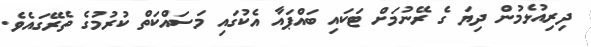
ދިރިއުޅެމުން ދިޔަ ގެ ރޭނުމަށް ޓަކައި ބައްޕައާ އެކުގައި މަސައްކަތް ކުރުމުގެ ތެރޭގައެވެ.